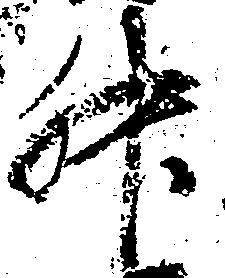
升